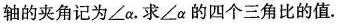
轴的夹角记为∠α。求∠α的四个三角比的值.